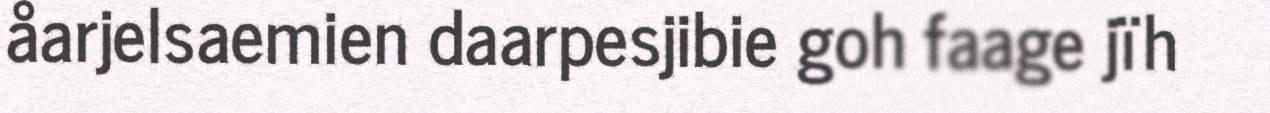
åarjelsaemien daarpesjibie goh faage jïh